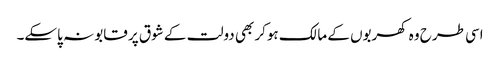
اسی طرح وہ کھربوں کے مالک ہوکر بھی دولت کے شوق پر قابو نہ پاسکے۔